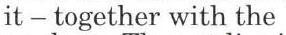
it − together with the